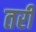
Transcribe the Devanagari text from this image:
तरी